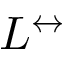
L ^ { \leftrightarrow }